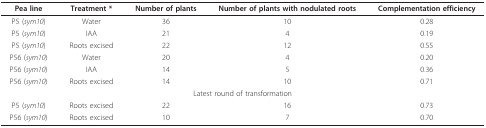
<table><thead><tr><td><b>Pea line</b></td><td><b>Treatment *</b></td><td><b>Number of plants</b></td><td><b>Number of plants with nodulated roots</b></td><td><b>Complementation efficiency</b></td></tr></thead><tbody><tr><td>P5 (<i>sym10</i>)</td><td>Water</td><td>36</td><td>10</td><td>0.28</td></tr><tr><td>P5 (<i>sym10</i>)</td><td>IAA</td><td>21</td><td>4</td><td>0.19</td></tr><tr><td>P5 (<i>sym10</i>)</td><td>Roots excised</td><td>22</td><td>12</td><td>0.55</td></tr><tr><td>P56 (<i>sym10</i>)</td><td>Water</td><td>20</td><td>4</td><td>0.20</td></tr><tr><td>P56 (<i>sym10</i>)</td><td>IAA</td><td>14</td><td>5</td><td>0.36</td></tr><tr><td>P56 (<i>sym10</i>)</td><td>Roots excised</td><td>14</td><td>10</td><td>0.71</td></tr><tr><td colspan="5">Latest round of transformation</td></tr><tr><td>P5 (<i>sym10</i>)</td><td>Roots excised</td><td>22</td><td>16</td><td>0.73</td></tr><tr><td>P56 (<i>sym10</i>)</td><td>Roots excised</td><td>10</td><td>7</td><td>0.70</td></tr></tbody></table>